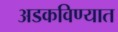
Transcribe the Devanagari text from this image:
अडकविण्यात